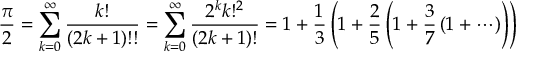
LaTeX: { \frac { \pi } { 2 } } = \sum _ { k = 0 } ^ { \infty } { \frac { k ! } { ( 2 k + 1 ) ! ! } } = \sum _ { k = 0 } ^ { \infty } { \frac { 2 ^ { k } k ! ^ { 2 } } { ( 2 k + 1 ) ! } } = 1 + { \frac { 1 } { 3 } } \left( 1 + { \frac { 2 } { 5 } } \left( 1 + { \frac { 3 } { 7 } } \left( 1 + \cdots \right) \right) \right)